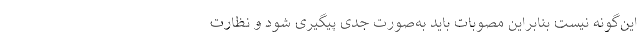
این‌گونه نیست بنابراین مصوبات باید به‌صورت جدی پیگیری شود و نظارت